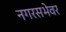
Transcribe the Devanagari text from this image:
नगरसभेवर